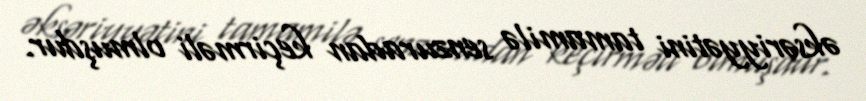
əksəriyyətini tamamilə senzuradan keçirməli olmuşdur.